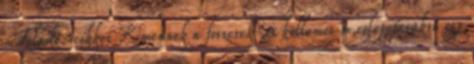
Feladó: cikkei Kimennek a foszerek ,es kellemes m,eglepetesukre egy